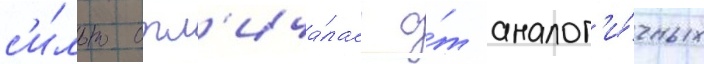
с'и́льно отл'ича́лась о́т аналог'и́чных